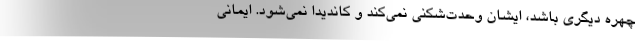
چهره دیگری باشد، ایشان وحدت‌شکنی نمی‌کند و کاندیدا نمی‌شود. ایمانی